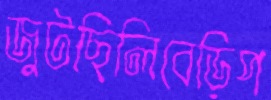
জুটছিলিবেড়িপ